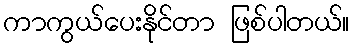
ကာကွယ်ပေးနိုင်တာ ဖြစ်ပါတယ်။